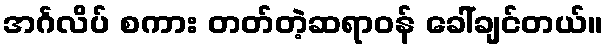
အင်္ဂလိပ် စကား တတ်တဲ့ဆရာဝန် ခေါ်ချင်တယ်။